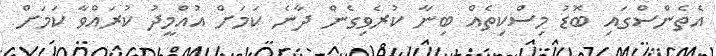
އެތެންސްގައި ބޮޑު މިސްކިތެއް ބިނާ ކުރެވިގެން ދާނެ ކަމަށް އުއްމީދު ކުރައްވާ ކަމަށް